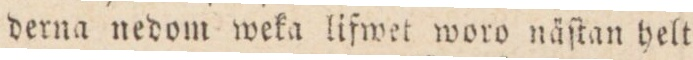
derna nedom weka lifwet woro näſtan helt